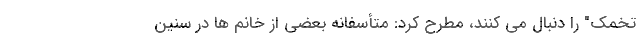
تخمک" را دنبال می کنند، مطرح کرد: متأسفانه بعضی از خانم ها در سنین